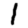
Digit: 1